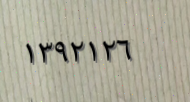
١٣٩٢١٢٦